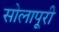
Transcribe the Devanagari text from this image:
सोलापूरी